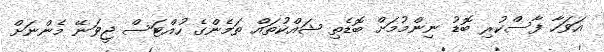
އަވަހާ ފާސްކުރި ބޮޑު ނިންމުމަށް ބޮޑެތި ޝައްކުތައް ތަމެންގެ ހުއްޓަސް ޖީވަނޭ މެންނަށް